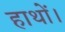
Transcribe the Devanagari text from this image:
हाथों।